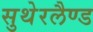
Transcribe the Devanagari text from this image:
सुथेरलैण्ड